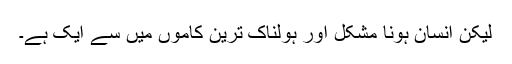
لیکن انسان ہونا مشکل اور ہولناک ترین کاموں میں سے ایک ہے۔